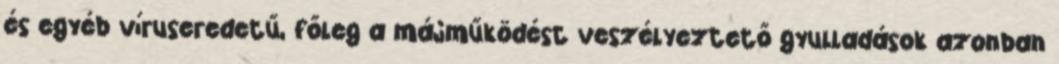
és egyéb víruseredetű, főleg a májműködést veszélyeztető gyulladások azonban